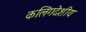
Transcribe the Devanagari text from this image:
कलिंगदेशीय